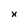
Character: H